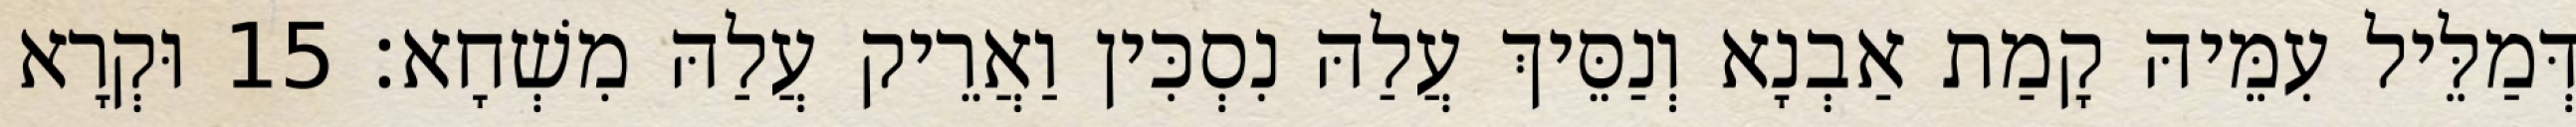
דְּמַלֵּיל עִמֵּיהּ קָמַת אַבְנָא וְנַסֵּיךְ עֲלַהּ נִסְכִּין וַאֲרֵיק עֲלַהּ מִשְׁחָא׃ 15 וּקְרָא